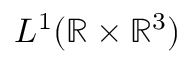
L ^ { 1 } ( \mathbb { R } \times \mathbb { R } ^ { 3 } )